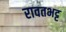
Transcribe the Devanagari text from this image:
रावतभट्ट